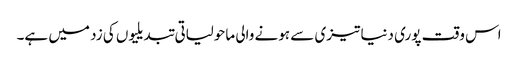
اس وقت پوری دنیا تیزی سے ہونے والی ماحولیاتی تبدیلیوں کی زد میں ہے۔